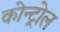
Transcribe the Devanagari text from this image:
कोन्ट्रोल